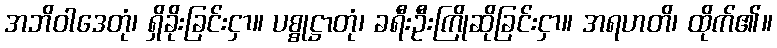
အဘိဝါဒေတုံ၊ ရှိခိုးခြင်းငှာ။ ပစ္စုဋ္ဌာတုံ၊ ခရီးဦးကြိုဆိုခြင်းငှာ။ အရဟတိ၊ ထိုက်၏။